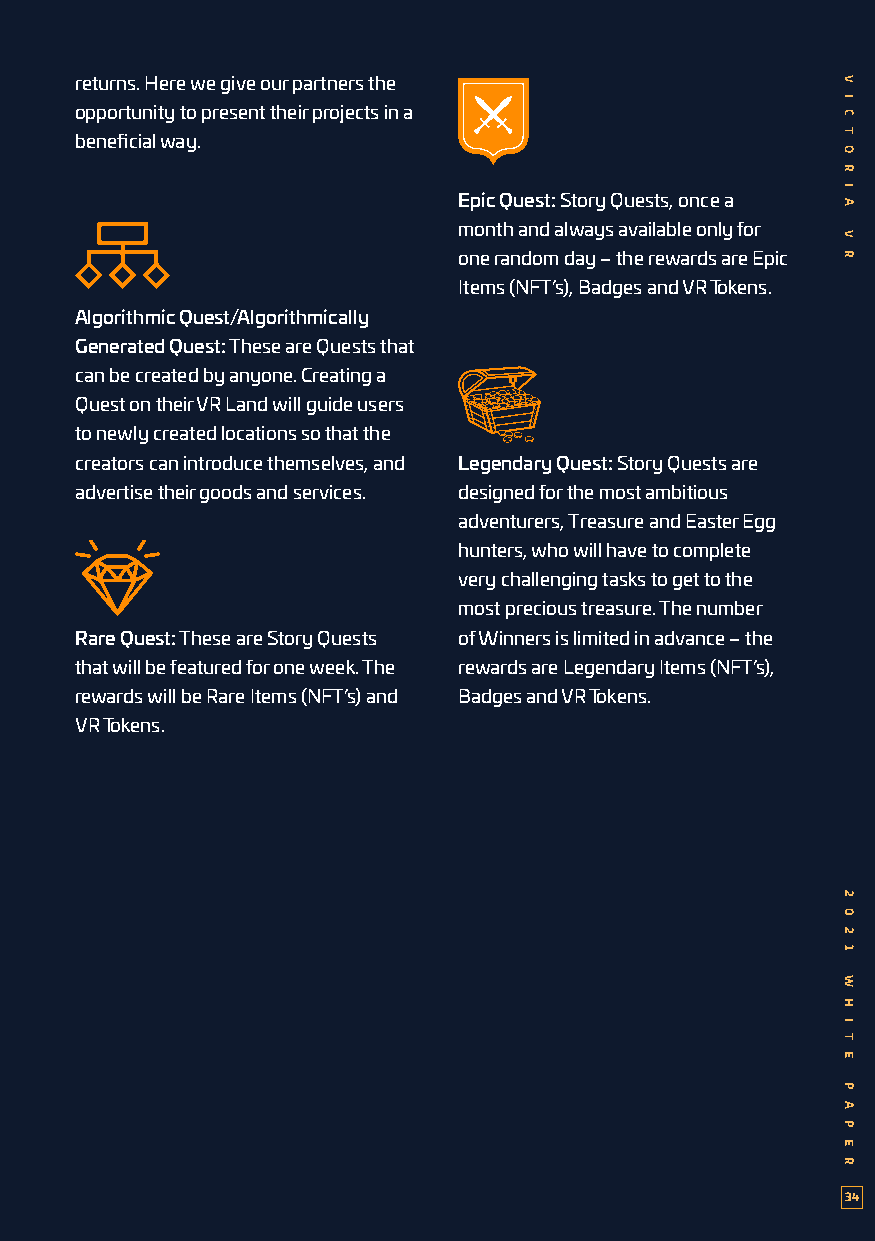
returns. Here we give our partners the
 opportunity to present their projects in a
 beneficial way.
 Epic Quest: Story Quests, once a
 month and always available only for
 one random day – the rewards are Epic
 Items (NFT’s), Badges and VR Tokens.
 Algorithmic Quest/Algorithmically
 Generated Quest: These are Quests that
 can be created by anyone. Creating a
 Quest on their VR Land will guide users
 to newly created locations so that the
 creators can introduce themselves, and Legendary Quest: Story Quests are
 advertise their goods and services. designed for the most ambitious
 adventurers, Treasure and Easter Egg
 hunters, who will have to complete
 very challenging tasks to get to the
 most precious treasure. The number
 Rare Quest: These are Story Quests of Winners is limited in advance – the
 that will be featured for one week. The rewards are Legendary Items (NFT’s),
 rewards will be Rare Items (NFT’s) and Badges and VR Tokens.
 VR Tokens.
 34
 V
 I
 C
 T
 O
 R
 I
 A
 V
 R
 2
 0
 2
 1
 W
 H
 I
 T
 E
 P
 A
 P
 E
 R